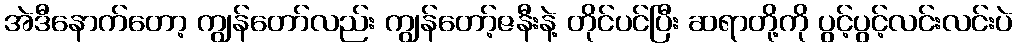
အဲဒီနောက်တော့ ကျွန်တော်လည်း ကျွန်တော့်ဇနီးနဲ့ တိုင်ပင်ပြီး ဆရာတို့ကို ပွင့်ပွင့်လင်းလင်းပဲ